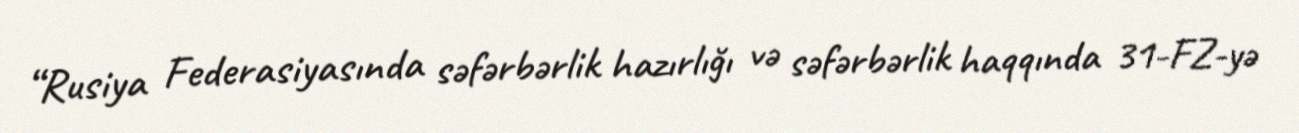
“Rusiya Federasiyasında səfərbərlik hazırlığı və səfərbərlik haqqında 31-FZ-yə